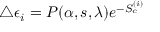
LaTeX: \triangle \epsilon _ { i } = P ( \alpha , s , \lambda ) e ^ { - S _ { c } ^ { ( i ) } }